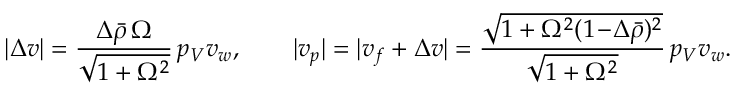
| \Delta v | = \frac { \Delta \bar { \rho } \, \Omega } { \sqrt { 1 + \Omega ^ { 2 } } } \, p _ { V } v _ { w } , \qquad | v _ { p } | = | v _ { f } + \Delta v | = \frac { \sqrt { 1 + \Omega ^ { 2 } ( 1 \! - \! \Delta \bar { \rho } ) ^ { 2 } } } { \sqrt { 1 + \Omega ^ { 2 } } } \, p _ { V } v _ { w } .